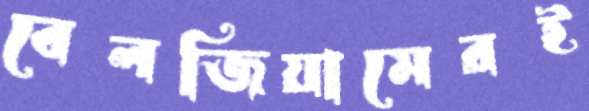
বেলজিয়ামেরই